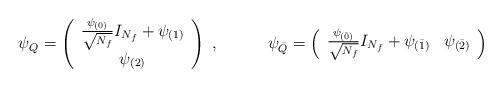
LaTeX: \begin{align*}\psi _{Q} = \left ( \begin{array}{c} \frac{\psi_{(0)}}{\sqrt{N_{f}}}I_{N_{f}} +\psi_{(1)} \\ \psi_{(2)} \\ \end{array}\right )\; , \qquad \quad \psi _{\bar Q} = \left ( \begin{array}{cc} \frac{\psi _{(\bar 0)}}{\sqrt{N_{f}}}I_{N_{f}} + \psi _{(\bar 1)} & \psi _{(\bar 2)}\\ \end{array} \right )\end{align*}